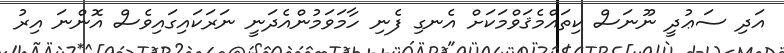
އަދި ސަޢުދީ ނޫނަސް ކިތައްމެޤަވްމަކަށް އެނގި ފެނި ހާމަވަމުންއެދަނީ ނަރަކައިގައިވެސް އޮންނަ އިރު